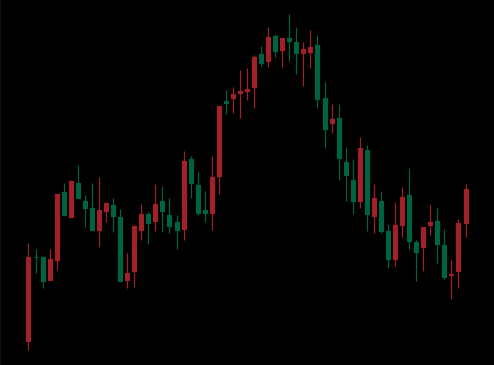
Pattern: head_shoulders